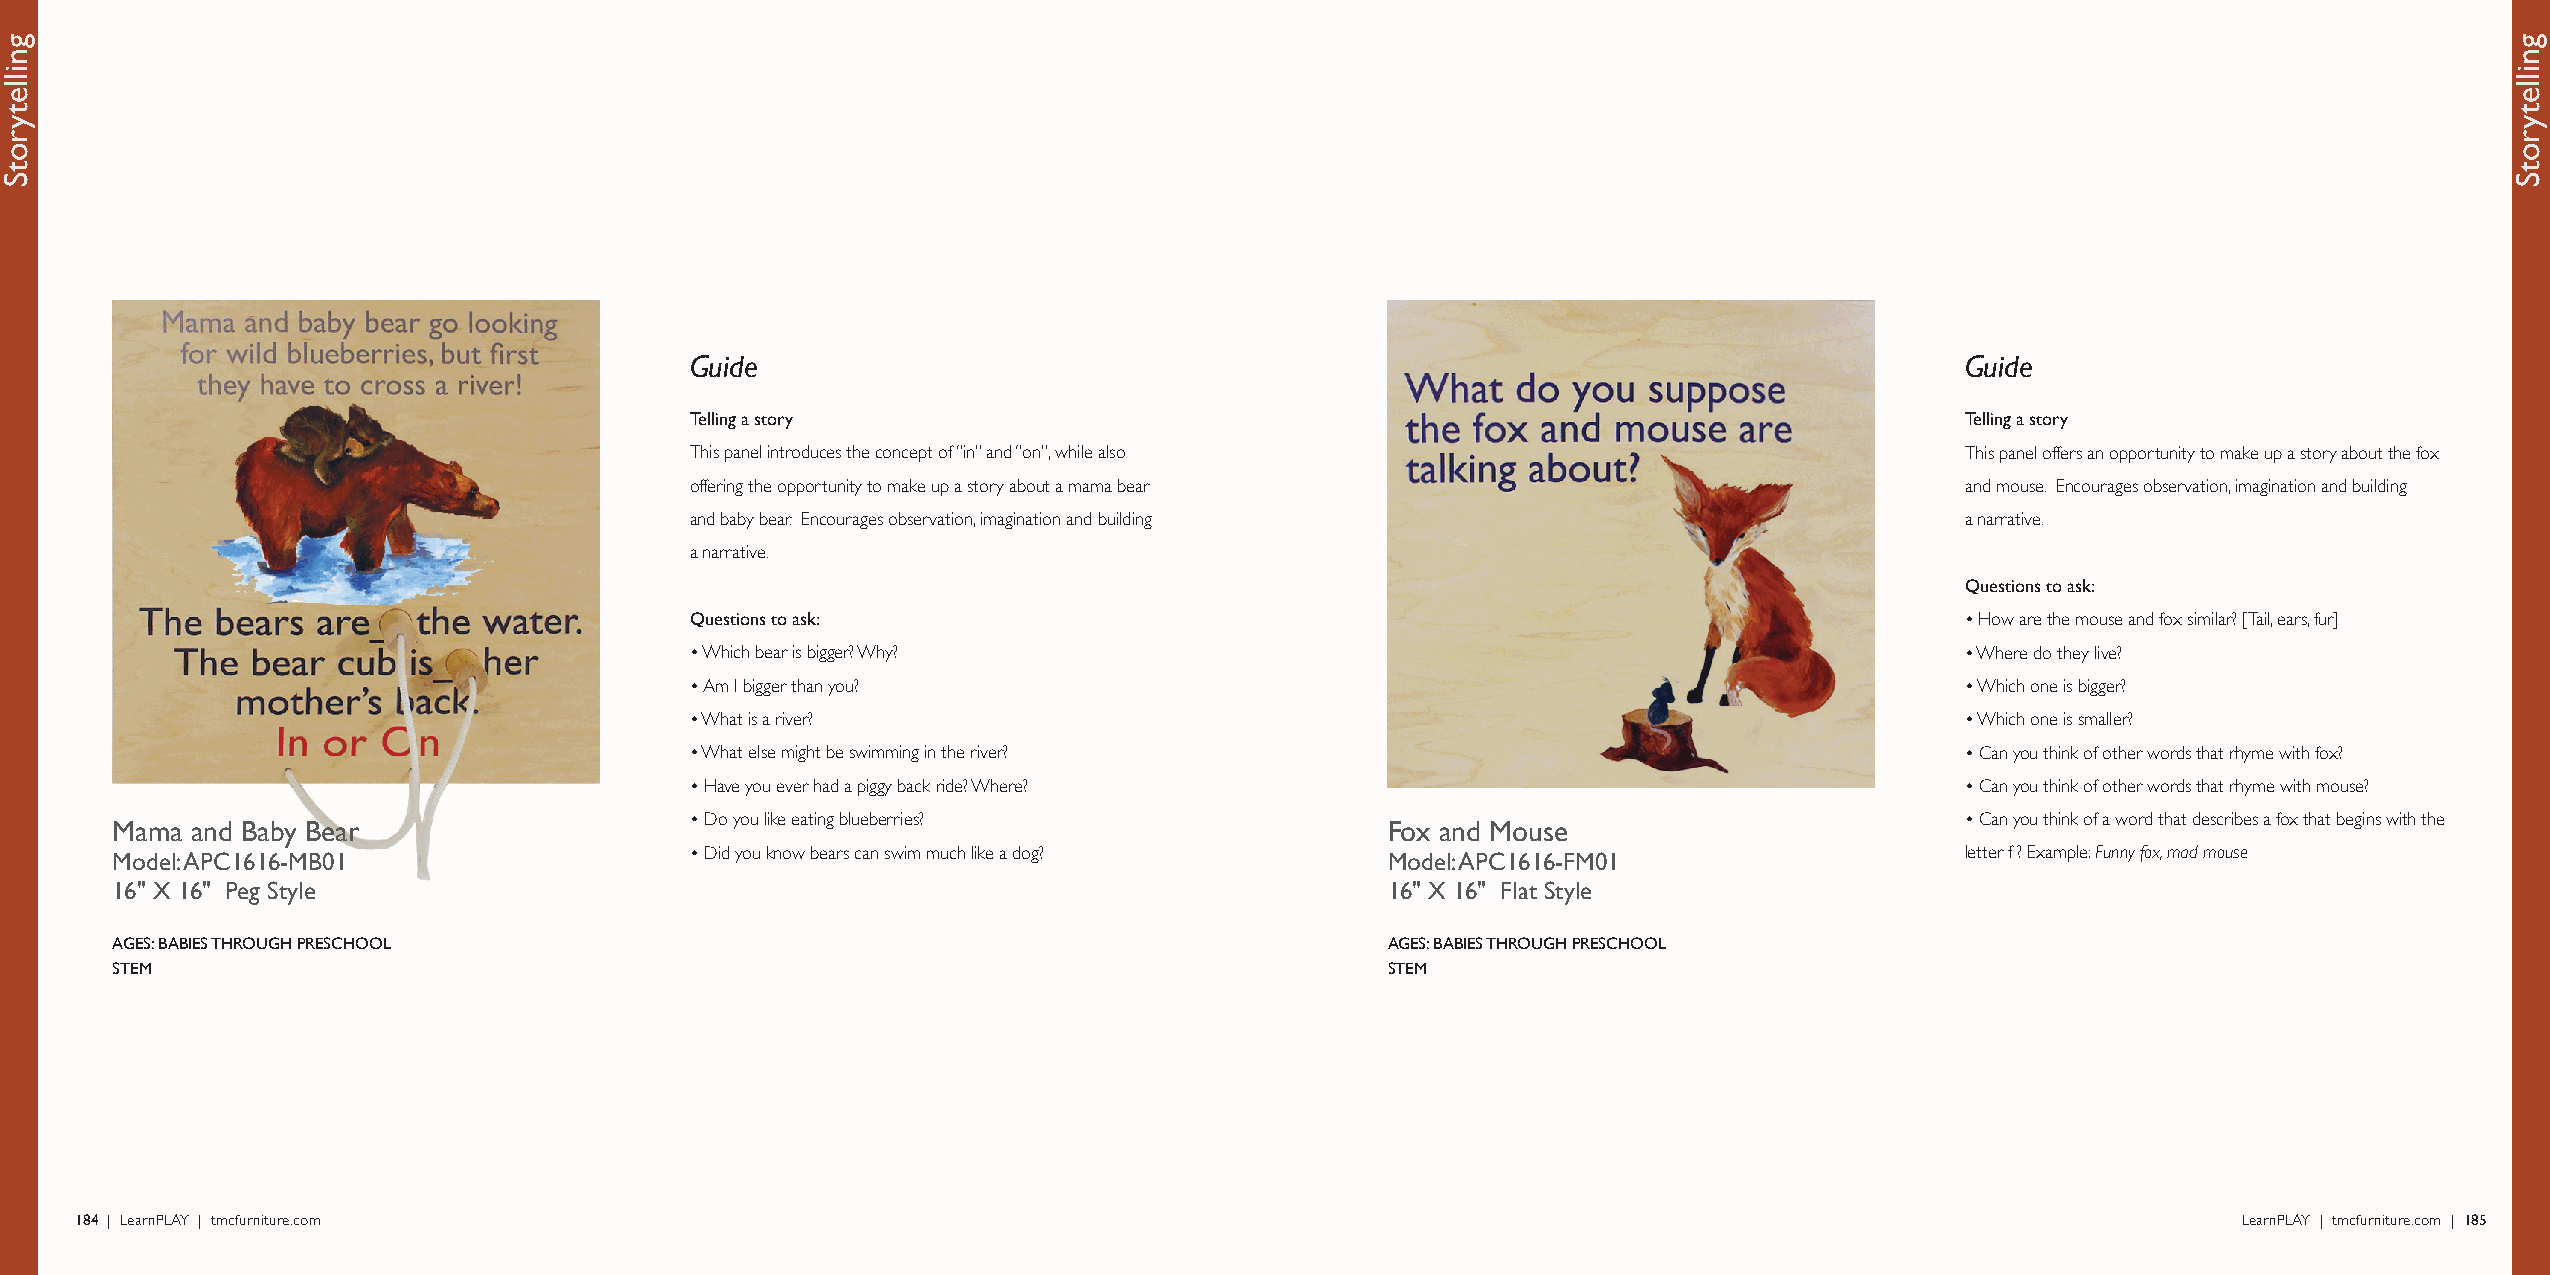
Guide                                                                               Guide
 Telling a story                                                                     Telling a story
 This panel introduces the concept of “in” and “on”, while also                      This panel offers an opportunity to make up a story about the fox
 offering the opportunity to make up a story about a mama bear                       and mouse. Encourages observation, imagination and building
 and baby bear. Encourages observation, imagination and building                     a narrative.
 a narrative.
 Questions to ask:
 Questions to ask:                                                                   • How are the mouse and fox similar? [Tail, ears, fur]
 • Which bear is bigger? Why?                                                        • Where do they live?
 • Am I bigger than you?                                                             • Which one is bigger?
 • What is a river?                                                                  • Which one is smaller?
 • What else might be swimming in the river?                                         • Can you think of other words that rhyme with fox?
 • Have you ever had a piggy back ride? Where?                                       • Can you think of other words that rhyme with mouse?
 • Do you like eating blueberries?                                                   • Can you think of a word that describes a fox that begins with the
 Mama  and Baby Bear                                                                  Fox and Mouse
 • Did you know bears can swim much like a dog?                                      letter f ? Example: Funny fox, mad mouse
 Model: APC1616-MB01                                                                  Model: APC1616-FM01
 16" X 16" Peg Style                                                                  16" X 16" Flat Style
 AGES: BABIES THROUGH PRESCHOOL                                                       AGES: BABIES THROUGH PRESCHOOL
 STEM                                                                                 STEM
 184 | LearnPLAY | tmcfurniture.com                                                                                                             LearnPLAY | tmcfurniture.com | 185
 gnilletyrotS                                                                                                                                                          gnilletyrotS